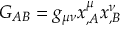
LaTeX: G _ { A B } = g _ { \mu \nu } x _ { , A } ^ { \mu } x _ { , B } ^ { \nu }